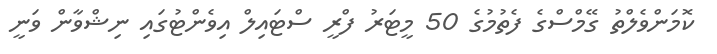
ކޮމަންވެލްތު ގޭމްސްގެ ފެތުމުގެ 50 މީޓަރު ފްރީ ސްޓައިލް އިވެންޓުގައި ނިޝްވާން ވަނީ